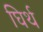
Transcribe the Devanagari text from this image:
घिर्थ